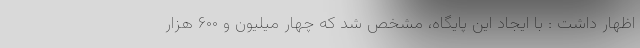
اظهار داشت : با ایجاد این پایگاه، مشخص شد که چهار میلیون و ۶۰۰ هزار